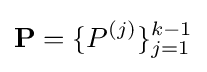
\mathbf {P} =\{P^{(j)}\}_{j=1}^{k-1}